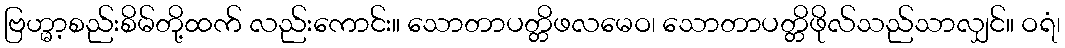
ဗြဟ္မာ့စည်းစိမ်တို့ထက် လည်းကောင်း။ သောတာပတ္တိဖလမေဝ၊ သောတာပတ္တိဖိုလ်သည်သာလျှင်။ ဝရံ၊